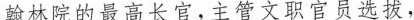
翰林院的最高长官，主管文职官员选拔，